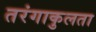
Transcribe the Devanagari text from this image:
तरंगाकुलता